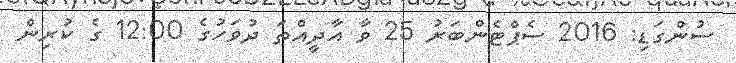
ސުންގަޑި: 2016 ސެޕްޓެންބަރު 25 ވާ އާދީއްތަ ދުވަހުގެ 12:00 ގެ ކުރިން